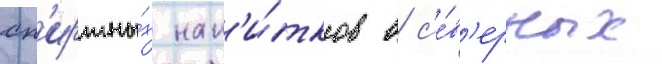
сп'иртны́х нап'и́тков в с'е́в'ерных